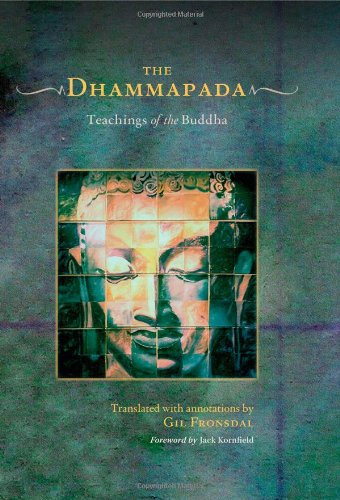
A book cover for The Dhammapada (Book and Audio-CD Set): Teachings of the Buddha; Religion & Spirituality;